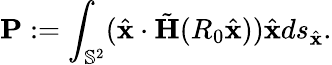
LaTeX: \mathbf{P}:=\int_{\mathbb{S}^{2}}(\hat{\mathbf{x}}\cdot\tilde{\mathbf H}(R_{0}\hat{\mathbf{x}}))\hat{\mathbf{x}}ds_{\hat{\mathbf{x}}}.